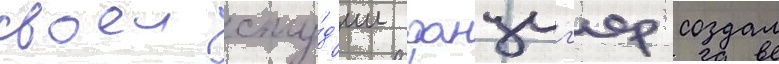
своеи сту́д'ии данциг'ер создал